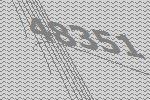
48351